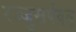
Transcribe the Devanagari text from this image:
रज्जुसर्पवत्